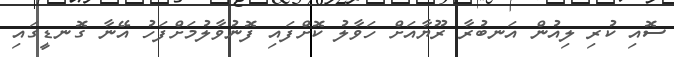
ސޮއި ކުރި ލިއުން އަނބުރާ ރޫޔާއަށް ހަވާލު ކޮށްފައި ފޮނުވާލުމަށްފަހު އޭނާ ގޮނޑީގައި